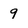
Character: g